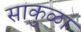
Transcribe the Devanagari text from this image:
साकुळा